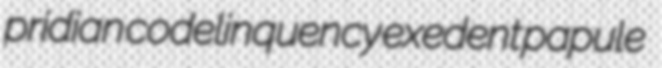
pridian codelinquency exedent papule